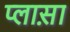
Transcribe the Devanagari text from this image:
प्लास़ा